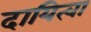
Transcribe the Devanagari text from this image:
दायित्वा